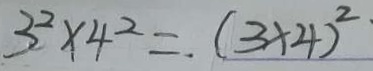
3 ^ { 2 } \times 4 ^ { 2 } = ( 3 \times 4 ) ^ { 2 }